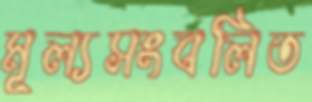
মূল্যসংবলিত